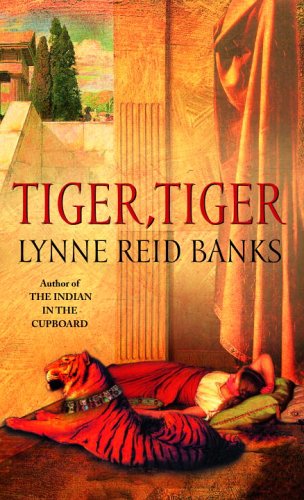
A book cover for Tiger, Tiger; Lynne Reid Banks; Teen & Young Adult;